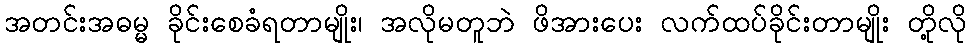
အတင်းအဓမ္မ ခိုင်းစေခံရတာမျိုး၊ အလိုမတူဘဲ ဖိအားပေး လက်ထပ်ခိုင်းတာမျိုး တို့လို